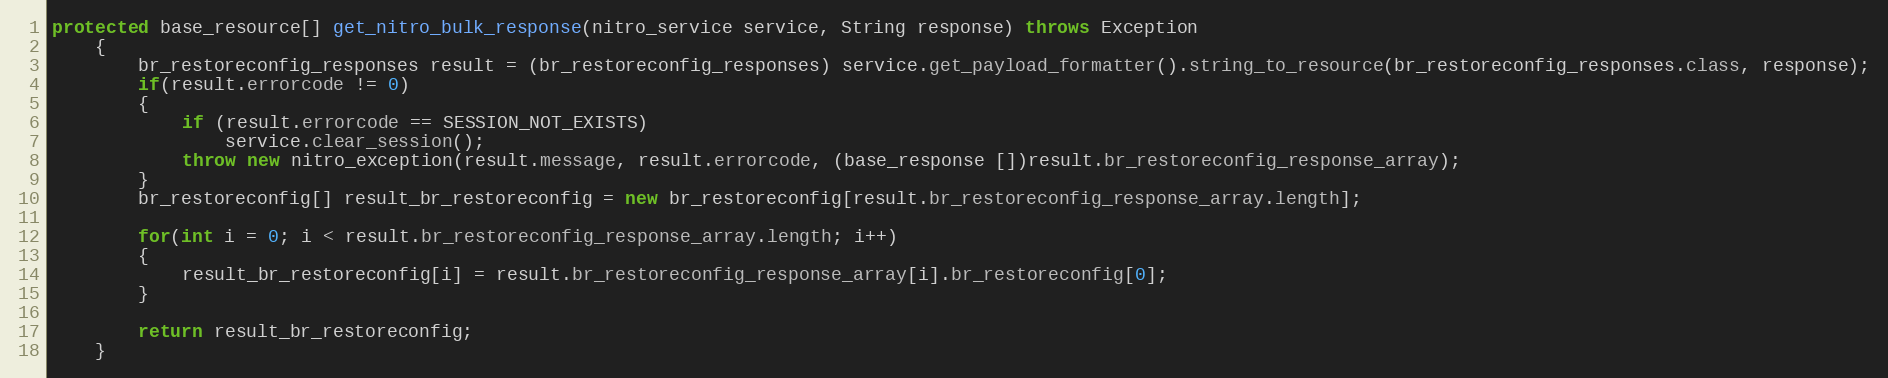
Language: Java
protected base_resource[] get_nitro_bulk_response(nitro_service service, String response) throws Exception
	{
		br_restoreconfig_responses result = (br_restoreconfig_responses) service.get_payload_formatter().string_to_resource(br_restoreconfig_responses.class, response);
		if(result.errorcode != 0)
		{
			if (result.errorcode == SESSION_NOT_EXISTS)
				service.clear_session();
			throw new nitro_exception(result.message, result.errorcode, (base_response [])result.br_restoreconfig_response_array);
		}
		br_restoreconfig[] result_br_restoreconfig = new br_restoreconfig[result.br_restoreconfig_response_array.length];

		for(int i = 0; i < result.br_restoreconfig_response_array.length; i++)
		{
			result_br_restoreconfig[i] = result.br_restoreconfig_response_array[i].br_restoreconfig[0];
		}

		return result_br_restoreconfig;
	}